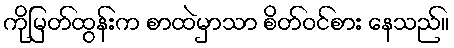
ကိုမြတ်ထွန်းက စာထဲမှာသာ စိတ်ဝင်စား နေသည်။